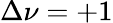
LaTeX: \Delta\nu=+1